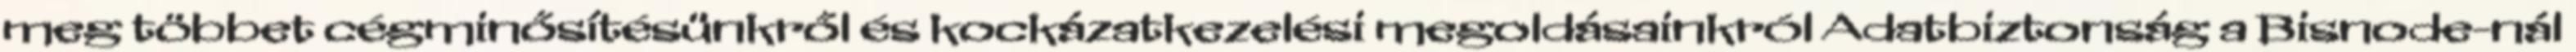
meg többet cégminősítésünkről és kockázatkezelési megoldásainkról Adatbiztonság a Bisnode-nál